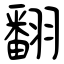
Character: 翻